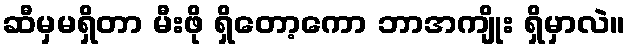
ဆီမှမရှိတာ မီးဖို ရှိတော့ကော ဘာအကျိုး ရှိမှာလဲ။